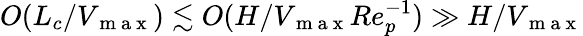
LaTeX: O(L_{c}/V_{\mathrm{~m~a~x~}})\lesssim O(H/V_{\mathrm{~m~a~x~}}Re_{p}^{-1})\gg H/V_{\mathrm{~m~a~x~}}